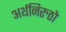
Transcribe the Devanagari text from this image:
अर्थनिरुठो